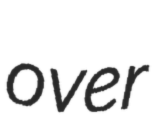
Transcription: over